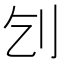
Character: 刉